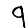
Digit: 9